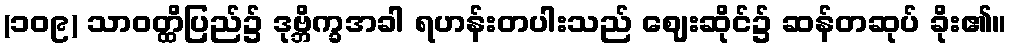
(၁၀၉) သာဝတ္ထိပြည်၌ ဒုဗ္ဘိက္ခအခါ ရဟန်းတပါးသည် ဈေးဆိုင်၌ ဆန်တဆုပ် ခိုး၏။